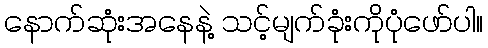
နောက်ဆုံးအနေနဲ့ သင့်မျက်ခုံးကိုပုံဖော်ပါ။